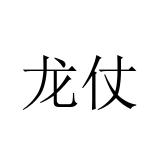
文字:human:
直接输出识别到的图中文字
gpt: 龙仗